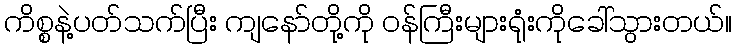
ကိစ္စနဲ့ပတ်သက်ပြီး ကျနော်တို့ကို ဝန်ကြီးများရုံးကိုခေါ်သွားတယ်။